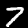
Label: 7